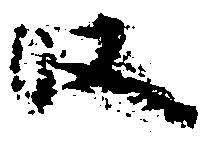
段